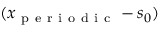
( x _ { \mathrm { ~ p ~ e ~ r ~ i ~ o ~ d ~ i ~ c ~ } } - s _ { 0 } )